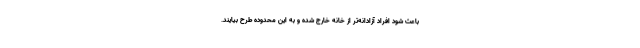
باعث شود افراد آزادانه‌تر از خانه خارج شده و به این محدوده طرح بیایند.